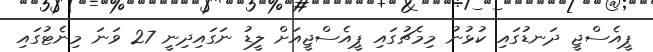
ޕީއެސްޖީ ދަނޑުގައި ކުޅުނު މިމެޗުގައި ޕީއެސްޖީއަށް ލީޑު ނަގައިދިނީ 27 ވަނަ މިނެޓުގައި